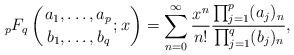
LaTeX: \begin{align*}{_{p}F_{q}}\left({ a_{1}, \ldots, a_{p} \atop b_{1}, \ldots, b_{q}}; x\right) = \sum_{n=0}^{\infty} \frac{x^{n}}{n!} \frac{\prod_{j=1}^{p} (a_{j})_{n}}{\prod_{j=1}^{q} (b_{j})_{n}},\end{align*}